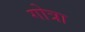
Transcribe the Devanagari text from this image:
गोत्रा